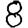
Digit: 8